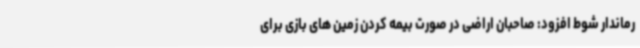
رماندار شوط افزود: صاحبان اراضی در صورت بیمه کردن زمین های بازی برای